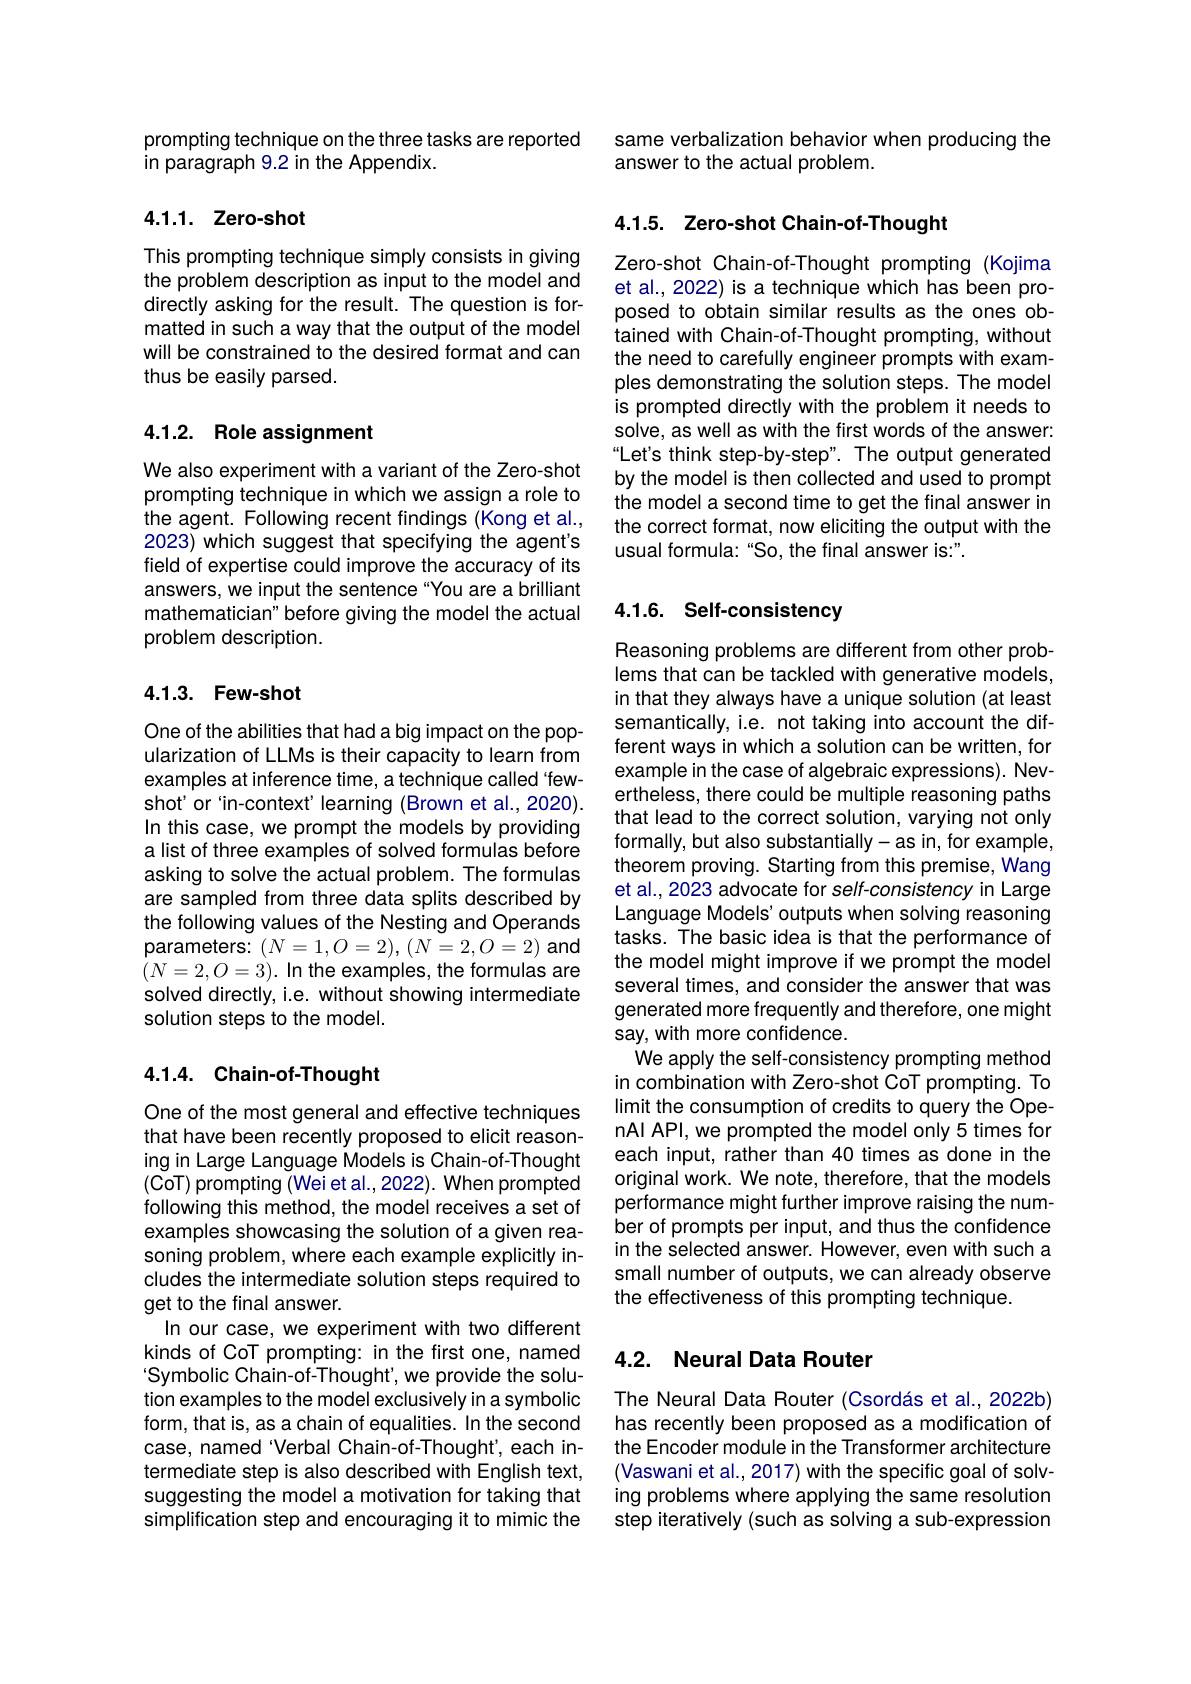
prompting technique on the three tasks are reported
in paragraph 9.2 in the Appendix.

## 4.1.1. Zero-shot

This prompting technique simply consists in giving the problem description as input to the model and directly asking for the result. The question is formatted in such a way that the output of the model will be constrained to the desired format and can thus be easily parsed.

## 4.1.2. Role assignment

We also experiment with a variant of the Zero-shot prompting technique in which we assign a role to the agent. Following recent findings (Kong et al., 2023) which suggest that specifying the agent's field of expertise could improve the accuracy of its answers, we input the sentence "You are a brilliant mathematician" before giving the model the actual problem description.

## 4.1.3. Few-shot

One of the abilities that had a big impact on the popularization of LLMs is their capacity to learn from examples at inference time, a technique called`fewshot'or'in-context'learning (Brown et al.,2020). In this case, we prompt the models by providing a list of three examples of solved formulas before asking to solve the actual problem. The formulas are sampled from three data splits described by the following values of the Nesting and Operands parameters: $(N=1,O=2),(N=2,O=2)$ and $(N=2,O=3).$In the examples, the formulas are solved directly, i.e. without showing intermediate solution steps to the model.

## 4.1.4. Chain-of-Thought

One of the most general and effective techniques that have been recently proposed to elicit reasoning in Large Language Models is Chain-of-Thought (CoT) prompting (Wei et al., 2022). When prompted following this method, the model receives a set of examples showcasing the solution of a given reasoning problem, where each example explicitly includes the intermediate solution steps required to get to the final answer.
In our case, we experiment with two different kinds of CoT prompting: in the first one, named Symbolic Chain-of-Thought', we provide the solution examples to the model exclusively in a symbolic form, that is, as a chain of equalities. In the second case, named Verbal Chain-of-Thought', each intermediate step is also described with English text, suggesting the model a motivation for taking that simplification step and encouraging it to mimic the

same verbalization behavior when producing the
answer to the actual problem.

## 4.1.5. Zero-shot Chain-of-Thought

Zero-shot Chain-of-Thought prompting (Kojima et al., 2022) is a technique which has been proposed to obtain similar results as the ones obtained with Chain-of-Thought prompting, without the need to carefully engineer prompts with examples demonstrating the solution steps. The model is prompted directly with the problem it needs to solve, as well as with the first words of the answer: Let's think step-by-step". The output generated by the model is then collected and used to prompt the model a second time to get the final answer in the correct format, now eliciting the output with the usual formula: "So, the final answer is:".

# 4.1.6. Self-consistency

Reasoning problems are different from other problems that can be tackled with generative models, in that they always have a unique solution (at least semantically, i.e. not taking into account the different ways in which a solution can be written, for example in the case of algebraic expressions). Nevertheless, there could be multiple reasoning paths that lead to the correct solution, varying not only formally, but also substantially-as in, for example, theorem proving. Starting from this premise, Wang et al., 2023 advocate for self-consistency in Large Language Models' outputs when solving reasoning tasks. The basic idea is that the performance of the model might improve if we prompt the model several times, and consider the answer that was generated more frequently and therefore, one might say, with more confidence.
We apply the self-consistency prompting method in combination with Zero-shot CoT prompting. To limit the consumption of credits to query the OpenAl APl, we prompted the model only 5 times for each input, rather than 40 times as done in the original work. We note, therefore, that the models performance might further improve raising the number of prompts per input, and thus the confidence in the selected answer. However, even with such a small number of outputs, we can already observe the effectiveness of this prompting technique.

## 4.2. Neural Data Router

The Neural Data Router (Csordás et al., 2022b) has recently been proposed as a modification of the Encoder module in the Transformer architecture (Vaswani et al., 2017) with the specific goal of solving problems where applying the same resolution step iteratively (such as solving a sub-expression